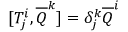
[ T _ { j } ^ { i } , { \overline { { Q } } } ^ { k } ] = \delta _ { j } ^ { k } { \overline { { Q } } } ^ { i }